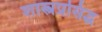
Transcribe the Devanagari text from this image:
शास्त्रप्रसिद्ध